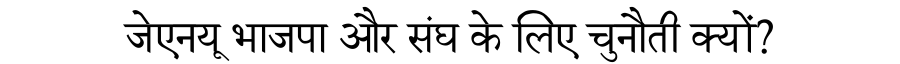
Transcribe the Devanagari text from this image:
जेएनयू भाजपा और संघ के लिए चुनौती क्यों?